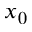
x _ { 0 }